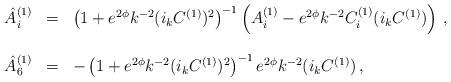
LaTeX: \begin{align*}\begin{array}{rcl}{\hat A}^{(1)}_i &=& \left( 1 + e^{2 \phi} k^{-2} (i_k C^{(1)})^2 \right)^{-1}\left( A^{(1)}_i - e^{2 \phi}k^{-2}C^{(1)}_i (i_k C^{(1)}) \right)\, , \\ & & \\{\hat A}^{(1)}_6 &=& -\left( 1 + e^{2 \phi} k^{-2} (i_k C^{(1)})^2 \right)^{-1} e^{2 \phi} k^{-2} (i_k C^{(1)}) \, ,\\\end{array}\end{align*}